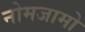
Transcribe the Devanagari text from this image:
नोमजामो